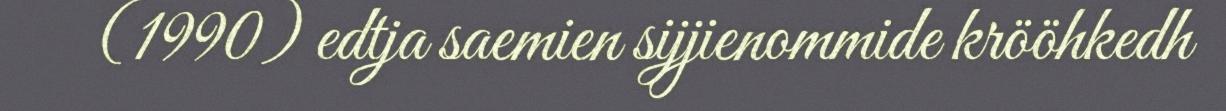
(1990) edtja saemien sijjienommide krööhkedh